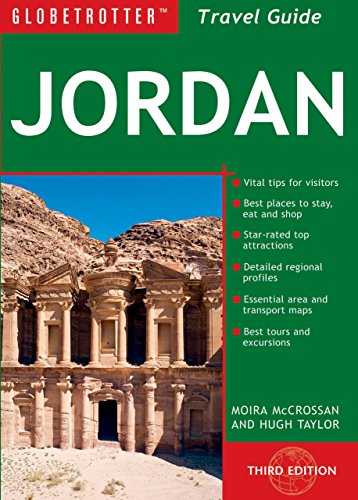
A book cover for Jordan Travel Pack (Globetrotter Travel Packs); Moira McCrossan; Travel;